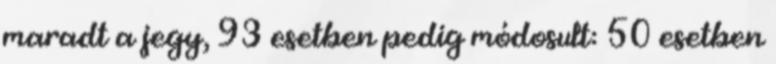
maradt a jegy, 93 esetben pedig módosult: 50 esetben